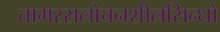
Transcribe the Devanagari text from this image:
तामरसलोचनशीलसिन्धो